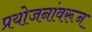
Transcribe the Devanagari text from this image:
प्रयोजनांवरून